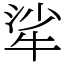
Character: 㸺